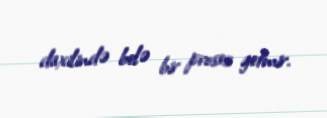
daxilində belə bir proses getmir.